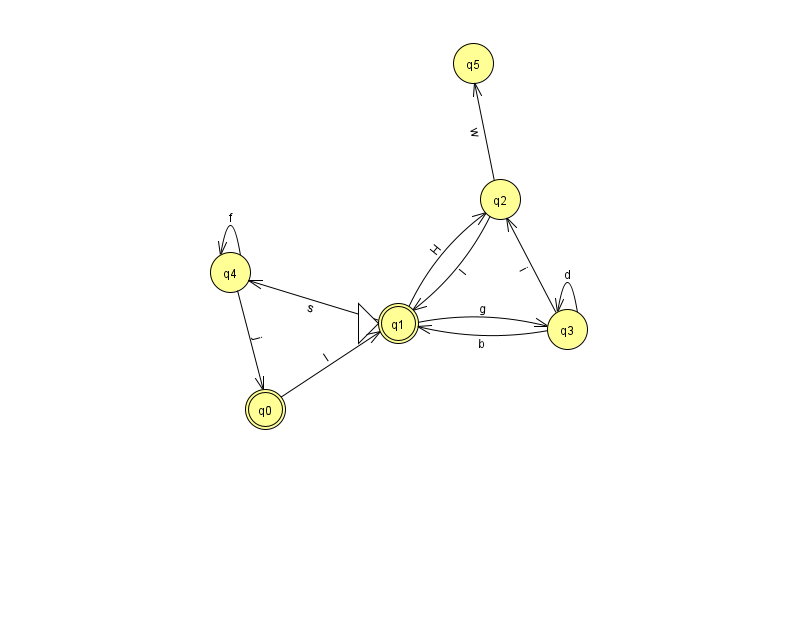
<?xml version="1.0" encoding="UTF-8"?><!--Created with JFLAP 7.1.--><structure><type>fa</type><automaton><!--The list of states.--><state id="0" name="q0"><x>265.0</x><y>396.0</y><final/></state><state id="1" name="q1"><x>398.0</x><y>310.0</y><initial/><final/></state><state id="2" name="q2"><x>500.0</x><y>186.0</y></state><state id="3" name="q3"><x>567.0</x><y>316.0</y></state><state id="4" name="q4"><x>230.0</x><y>259.0</y></state><state id="5" name="q5"><x>473.0</x><y>50.0</y></state><!--The list of transitions.--><transition><from>0</from><to>1</to><read>l</read></transition><transition><from>1</from><to>4</to><read>s</read></transition><transition><from>2</from><to>1</to><read>I</read></transition><transition><from>3</from><to>3</to><read>d</read></transition><transition><from>1</from><to>2</to><read>H</read></transition><transition><from>4</from><to>0</to><read>j</read></transition><transition><from>4</from><to>4</to><read>f</read></transition><transition><from>2</from><to>5</to><read>w</read></transition><transition><from>3</from><to>2</to><read>i</read></transition><transition><from>1</from><to>3</to><read>g</read></transition><transition><from>3</from><to>1</to><read>b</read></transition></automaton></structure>